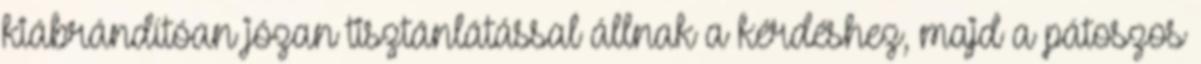
kiábrándítóan józan tisztánlátással állnak a kérdéshez, majd a pátoszos